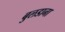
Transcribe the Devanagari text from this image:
बुलडाना